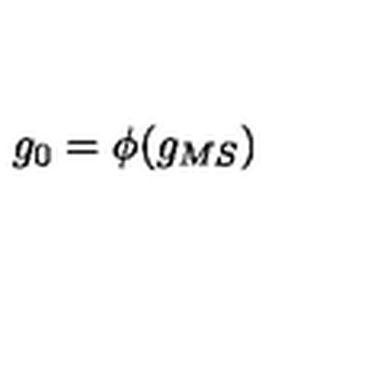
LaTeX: g _ { 0 } = \phi ( g _ { M S } )